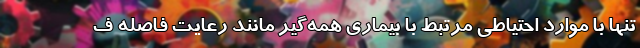
تنها با موارد احتیاطی مرتبط با بیماری همه‌گیر مانند رعایت فاصله ف